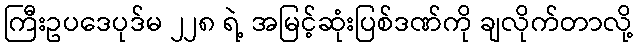
ကြီးဥပဒေပုဒ်မ ၂၂၈ ရဲ့ အမြင့်ဆုံးပြစ်ဒဏ်ကို ချလိုက်တာလို့